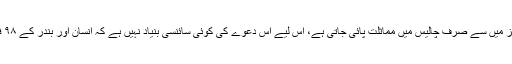
چونکہ ایک لاکھ پروٹینز میں سے صرف چالیس میں مماثلت پائی جاتی ہے، اس لیے اس دعوے کی کوئی سائنسی بنیاد نہیں ہے کہ انسان اور بندر کے ۹۸ فی صد جینز یکساں ہیں۔